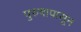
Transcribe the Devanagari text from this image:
पुरुषापासून